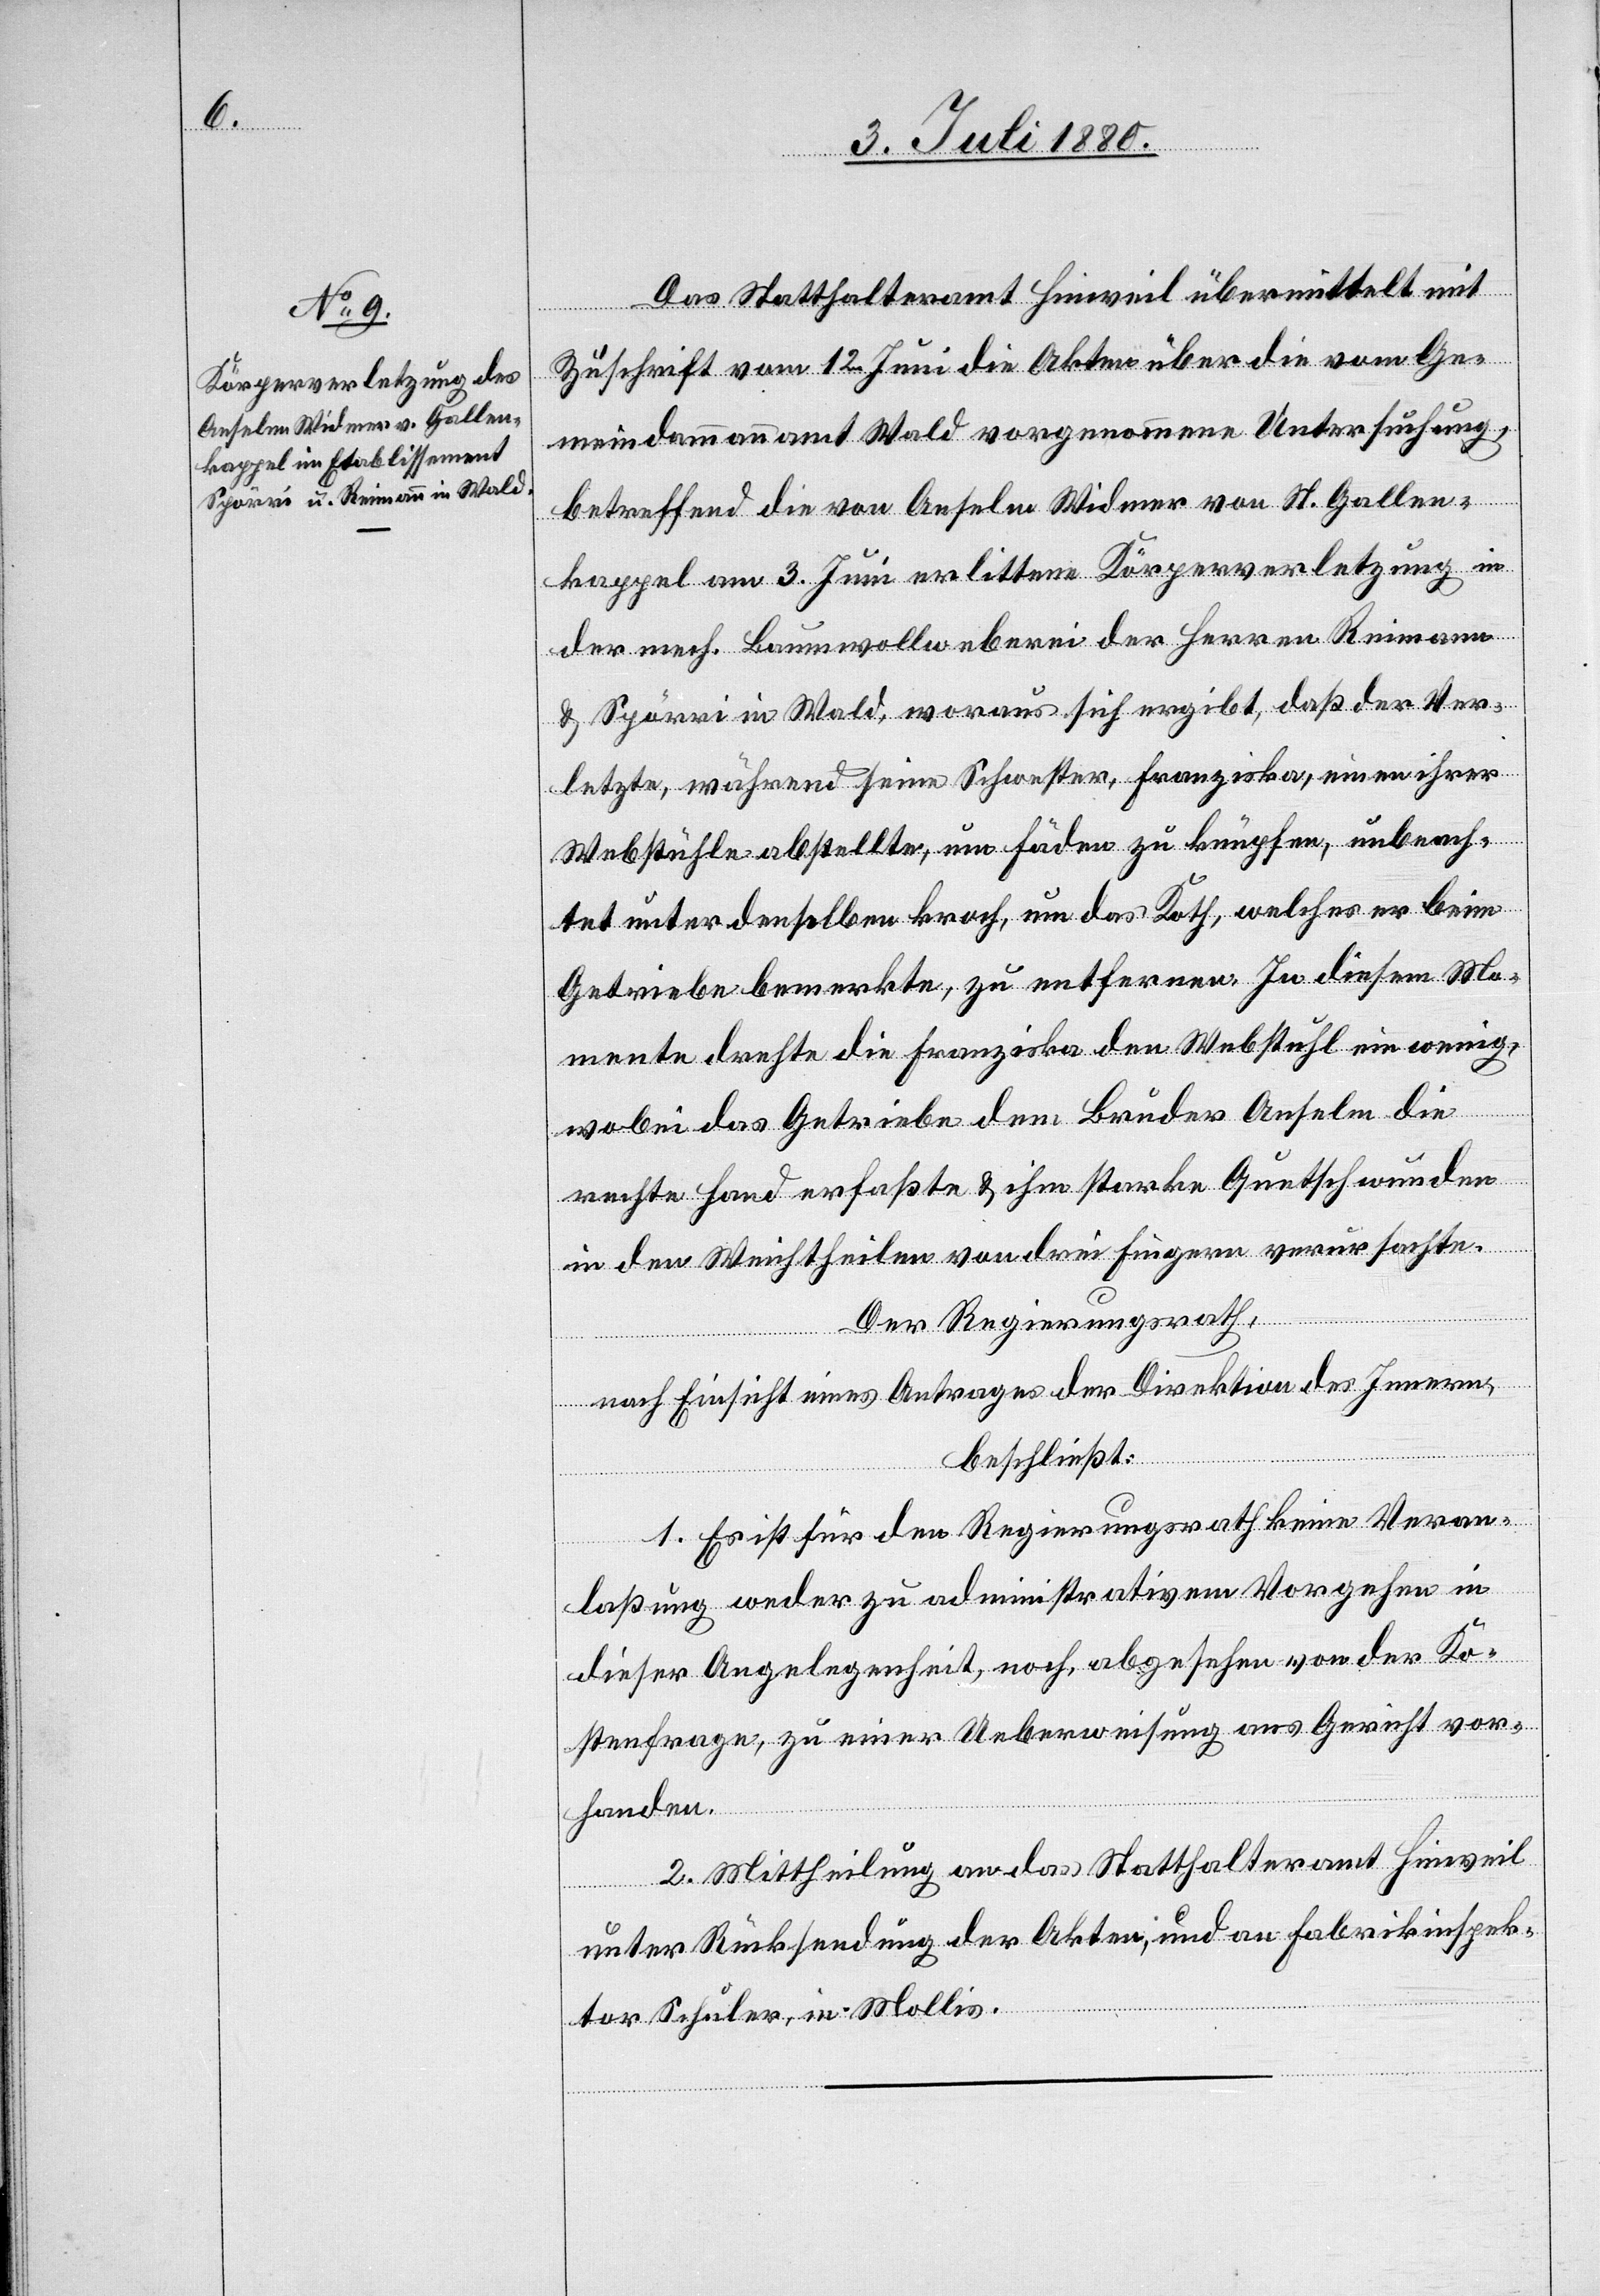
Das Statthalteramt Hinwil übermittelt mit
Zuschrift vom 12. Juni die Akten über die vom Ge¬
meindammannamt Wald vorgenommene Untersuchung,
betreffend die von Anselm Widmer von St. Gallen¬
kappel am 3. Juni erlittenen Körperverletzung in
der mech. Baumwollweberei der Herren Reimann
& Spörri in Wald, woraus sich ergibt, daß der Ver¬
letzte, während seine Schwester, Franziska, einen ihrer
Webstühle abstellte, um Fäden zu knüpfen, unbeach¬
tet unter denselben kroch, um das Koth, welches er beim
Getriebe bemerkte, zu entfernen. In diesem Mo¬
mente drehte die Franziska den Webstuhl ein wenig,
wobei das Getriebe dem Bruder Anselm die
rechte Hand erfaßte & ihm starke Quetschwunden
in den Weichtheilen von drei Fingern verursachte.
Der Regierungsrath,
nach Einsicht eines Antrages der Direktion des Innern
beschließt:
1. Es ist für den Regierungsrath keine Veran¬
laßung weder zu administrativem Vorgehen in
dieser Angelegenheit, noch, abgesehen von der Ko¬
stenfrage, zu einer Ueberweisung ans Gericht vor¬
handen.
2. Mittheilung an das Statthalteramt Hinweil
unter Rücksendung der Akten, und an Fabrikinspek¬
tor Schuler, in Mollis.